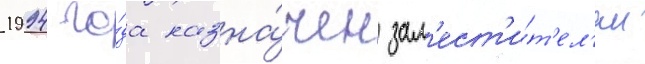
1994 го́да назна́чен зам'ест'и́т'ел'ем